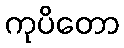
ကုပိတော